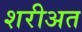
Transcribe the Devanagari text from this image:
शरीअत